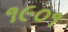
૧૯૦૧